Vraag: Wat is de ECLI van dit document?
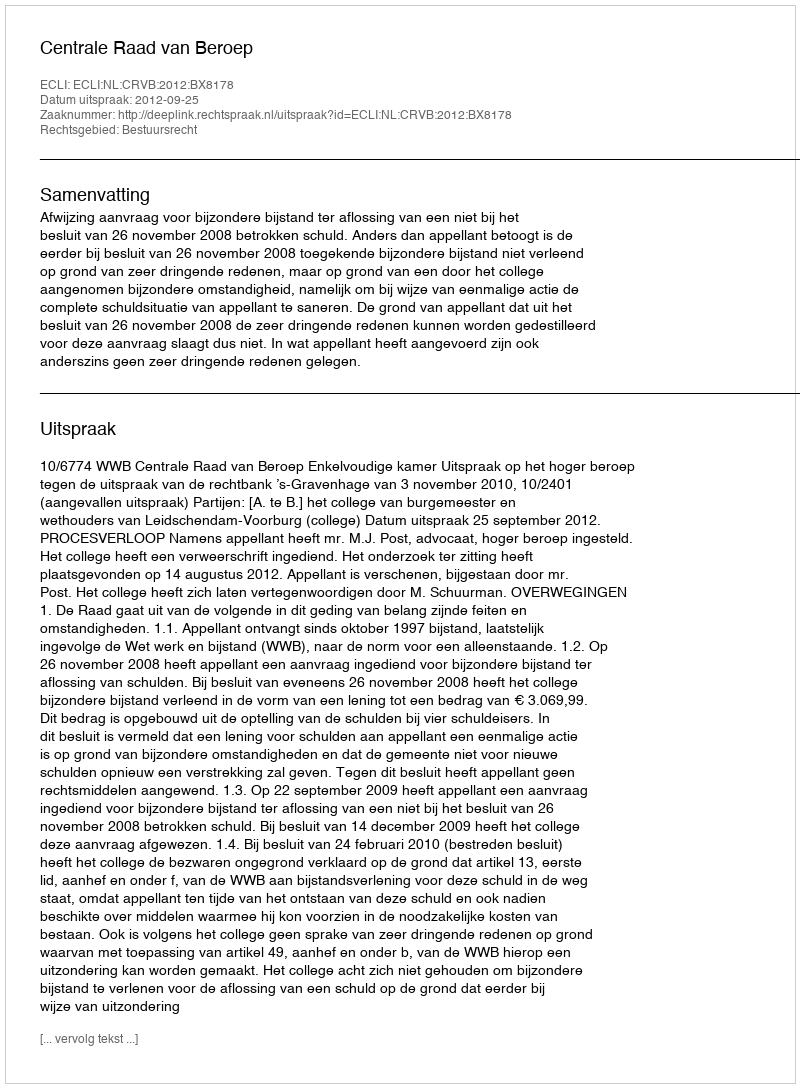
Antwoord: ECLI:NL:CRVB:2012:BX8178